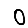
Digit: 0